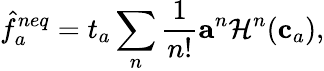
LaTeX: \hat{f}_{a}^{neq}=t_{a}\sum_{n}\frac{1}{n!}\mathbf{a}^{n}\mathcal{H}^{n}(\mathbf{c}_{a}),